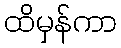
ထိမှန်ကာ